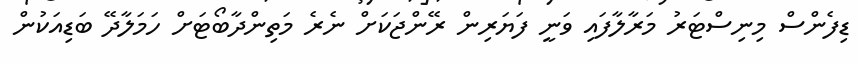
ޑިފެންސް މިނިސްޓަރު މަރާލާފައި ވަނީ ފަޔަރިން ރޭންޖަކަށް ނެރެ މަތިންދާބޯޓަށް ހަމަލާދޭ ބަޑިއަކުން